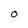
Character: O